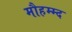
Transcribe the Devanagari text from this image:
मौहम्म्द